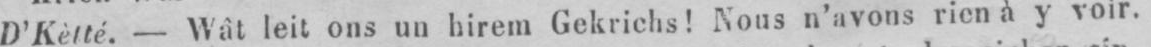
D’Kètté - Wât leit ons un hirem Gekrichs! Nous n’avons rien à y voir.